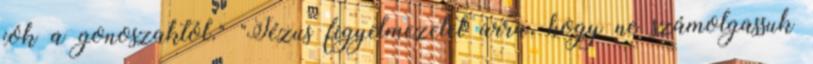
jók a gonoszaktól." "Jézus figyelmezetet arra, hogy ne számolgassuk